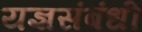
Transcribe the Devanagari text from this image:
यज्ञसंबंधी